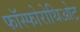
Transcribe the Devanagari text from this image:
फॉस्फोरोथिओट